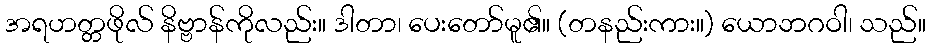
အရဟတ္တဖိုလ် နိဗ္ဗာန်ကိုလည်း။ ဒါတာ၊ ပေးတော်မူ၏။ (တနည်းကား။) ယောဘဂဝါ၊ သည်။